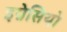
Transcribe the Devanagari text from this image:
इग्नेसियो